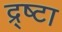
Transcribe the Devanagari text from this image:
द्र्ष्टा